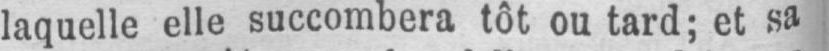
laquelle elle succombera tôt ou tard; et sa